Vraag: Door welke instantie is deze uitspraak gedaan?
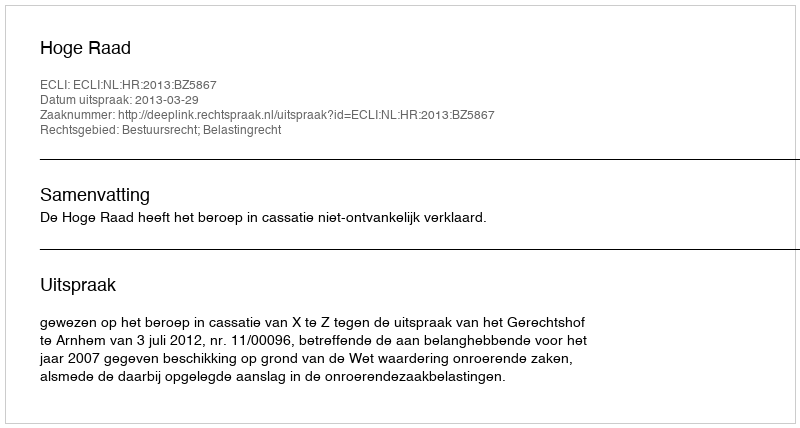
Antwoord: Hoge Raad